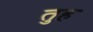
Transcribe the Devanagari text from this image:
तुह